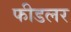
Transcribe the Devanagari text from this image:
फीडलर